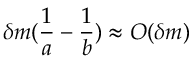
\delta m ( \frac { 1 } { a } - \frac { 1 } { b } ) \approx O ( \delta m )